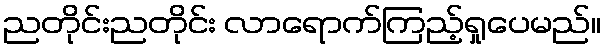
ညတိုင်းညတိုင်း လာရောက်ကြည့်ရှုပေမည်။